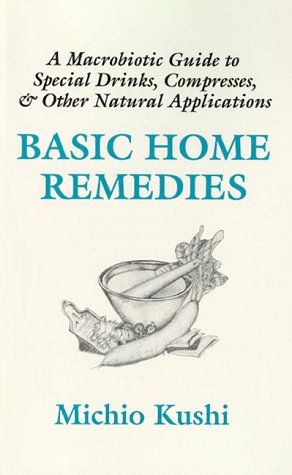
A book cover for Basic Home Remedies : A Macrobiotic Guide to Special Drinks, Compresses, Plasters, and Other Natural Applications; Michio Kushi; Health, Fitness & Dieting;